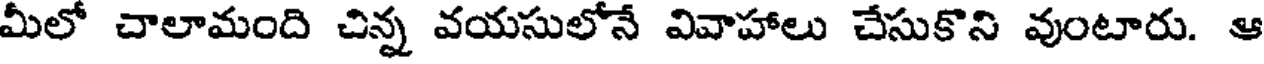
మీలో చాలామంది చిన్న వయసులోనే వివాహాలు చేసుకొని వుంటారు. ఆ